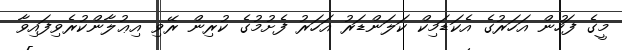
މީގެ ފަހުން އަހަރުގެ އެކަޑަމިކް ކަލަންޑަރު އަހަރު ފެށުމުގެ ކުރިން ރޭވި އިޢުލާންކުރެވިފައިވާ